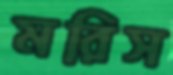
মরিস